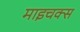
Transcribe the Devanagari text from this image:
माइचक्स